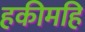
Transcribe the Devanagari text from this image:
हकीमहि